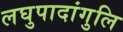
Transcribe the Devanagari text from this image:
लघुपादांगुलि